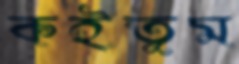
কইতুম